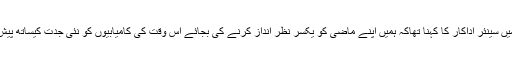
ایک انٹر ویو میں سینئر اداکار کا کہنا تھاکہ ہمیں اپنے ماضی کو یکسر نظر انداز کرنے کی بجائے اس وقت کی کامیابیوں کو نئی جدت کیساتھ پیش کرنا چاہیے ۔